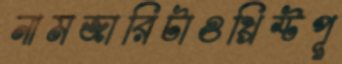
নামজারিটাওখ্রিস্টপূ